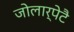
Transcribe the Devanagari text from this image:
जोलार्पेटै